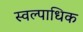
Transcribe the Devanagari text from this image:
स्वल्पाधिक